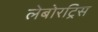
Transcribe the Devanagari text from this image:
लेबोरट्रिस